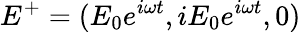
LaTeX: E^{+}=(E_{0}e^{i\omega t},iE_{0}e^{i\omega t},0)